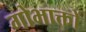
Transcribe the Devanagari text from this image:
गोभाक्तों